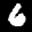
Label: 6